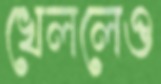
খেললেও